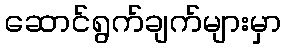
ဆောင်ရွက်ချက်များမှာ